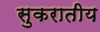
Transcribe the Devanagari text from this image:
सुकरातीय